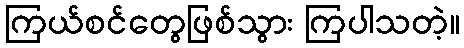
ကြယ်စင်တွေဖြစ်သွား ကြပါသတဲ့။